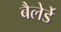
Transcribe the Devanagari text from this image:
बैलेर्डे